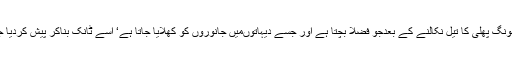
مطلب مونگ پھلی کا تیل نکالنے کے بعدجو فضلا بچتا ہے اور جسے دیہاتوںمیں جانوروں کو کھلایا جاتا ہے‘ اسے ٹانک بناکر پیش کردیا جاتا ہے۔